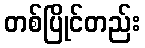
တစ်ပြိုင်တည်း